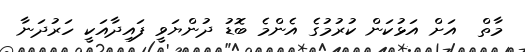
މާތް  އަށް އަޅުކަން ކުރުމުގެ އެންމެ ބޮޑު ދުންޔަވީ ފައިދާއަކީ ހަރުދަނާ